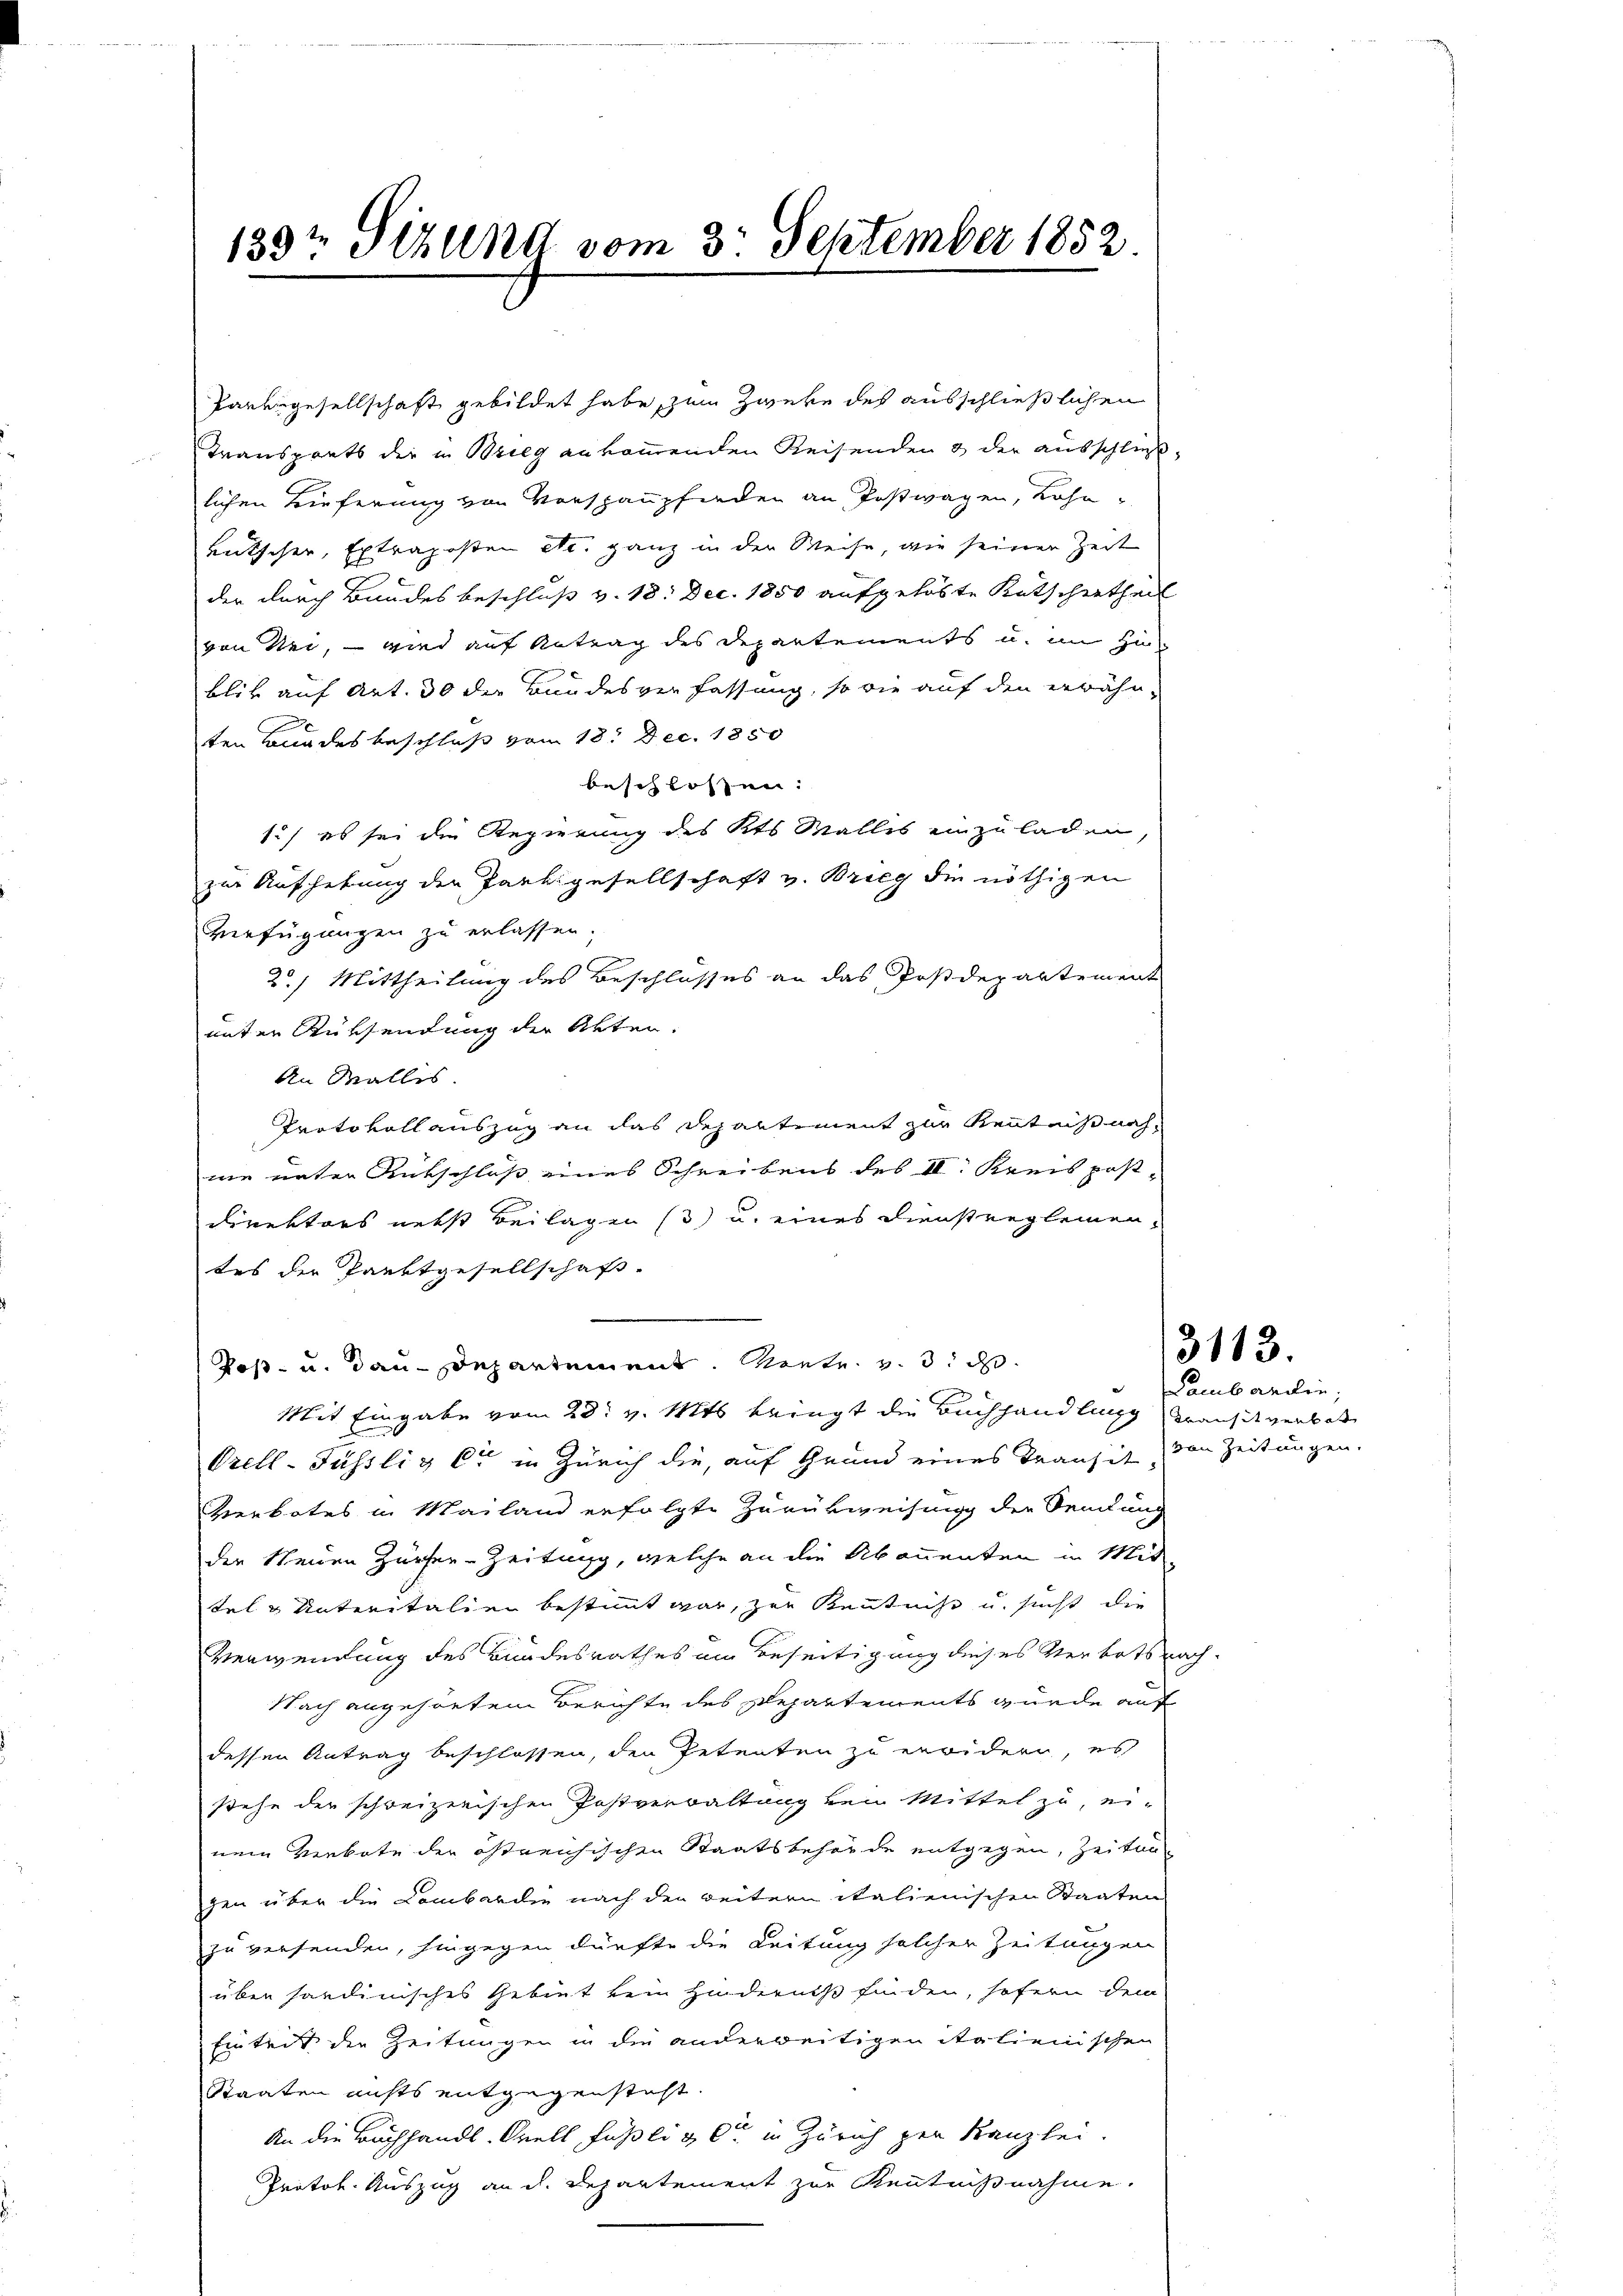
139t Tizund vom 3. September 1852.

Parengesellschaft gebildet habe, zum Zweke des ausschließlichen
Transprats die in Brieg ankommenden Reisenden 3 der ausschlußlichen Tieferung von Vorspaupferden an Postwagen, Lohn
rutscher, Extraposten etc. ganz in der Weise, wie seiner Zeit
der durch Bandesbeschluß v. 18. Dec. 1850 aufgelöste Kutschertheil
von Nei, – wird auf Antrag des Departements u. im Hin
blick auf Art. 30 die Bundesverfassung, so wie auf den erwähn-
ten Bundes beschluß vom 18. Dec. 1850
beschlossen:
1.) es sei die Regierung des Kts. Walles einzuladen,
zur Aufhebung der Partigesellschaft v. Brieg die nöthigen
Verfügungen zu erlassen.
2) Mittheilung des Beschlosses an das Postdepartement
unter Rüksendung der Akten.
An Wallis.
Protokoll auszug an das Departement zur Kenntnißnah
nie unter Rückschluß eines Schreibens des II. Kreis post-
Direktors nebst Beilagen (3) u. eines Dienstreglemen,
tes der Parktgesellschaft-
Koß- u. dau-Departement ertr. v. 3. d
Mit Eingabe vom 28. v. Mts. bringt die Buchhandlung ansit verbot
Orell-Füssliz Ct in Zürich die, auf Grund eines Transit, den Zeitungen,
Verbotes in Mailand erfolgte Zurükweisung der Senkung
der Neuen Zürcher-Zeitung, welche an die Abonnenten in Mittel & Unteritalien bestimmt war, zur Kenntniß u. sucht die
Verwendung des Bundesrathes im Beseitigung dieses Verbrtsnach¬
Nach angehörtem Berichte des Departements wurde auf
dessen Antrag beschlossen, den Petenten zu erwidern, es
stehe der schreizerischen Postverwaltung von Mittel zu ei-
nem Verbote der östreichischen Staatsbehörde entgegen, Zeitun-
gen über die Lombardie nach den weitern italienischen Staaten
zu versenden, hingegen dürfte die Leitung solcher Zeitungen
über sandinisches Gebiet kein Hinderniß finden, sofern dem
Eintrit die Zeitungen in die anderweitigen Molienischen
Staaten nichts entgegensteht.
An die Buchhandl. Orell Füßli & Cie in Zürich gen Kanzlei.
Protok. Auszug an d. Departement zur Kenntnißnahme.

3113.

Lambardin,